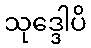
သုဒ္ဒေါပိ